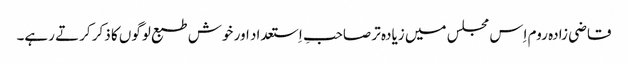
قاضی زادہ روم اِس مجلس میں زیادہ تر صاحبِ اِستعداد اور خوش طبع لوگوں کا ذکر کرتے رہے۔